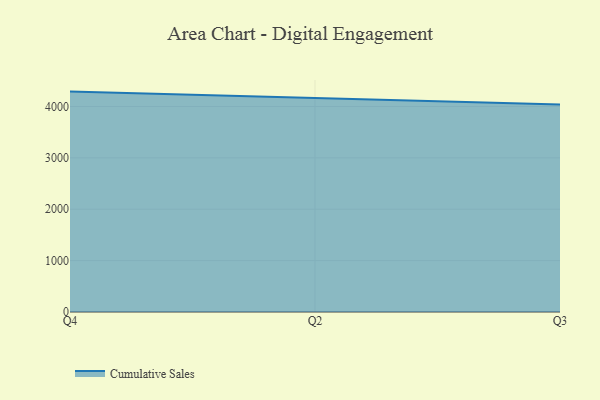
{"axis": {"x": "Quarter", "y": "Gross Profit (USD K)"}, "legend": ["Cumulative Sales"], "data": [{"x": "Q4", "y": 4289.7, "type": "Cumulative Sales"}, {"x": "Q2", "y": 4157.6, "type": "Cumulative Sales"}, {"x": "Q3", "y": 4038.6, "type": "Cumulative Sales"}]}